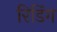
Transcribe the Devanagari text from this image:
रिडिंग